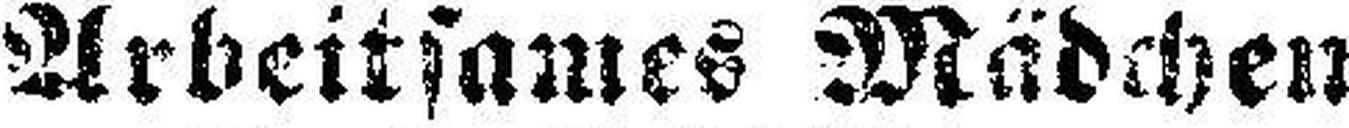
Arbeitsames Mädchen